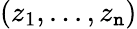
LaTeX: (z_{1},...,z_{\mathtt{n}})